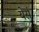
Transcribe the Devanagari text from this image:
येर्सँ